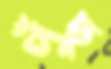
পুঁছ